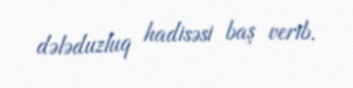
dələduzluq hadisəsi baş verib.